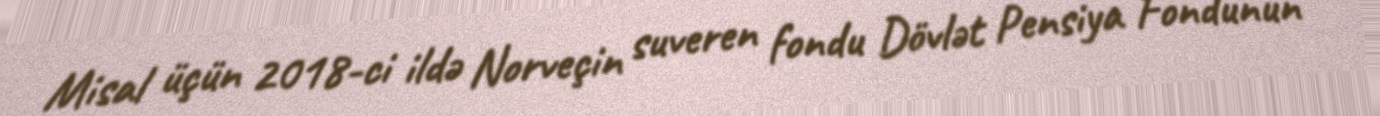
Misal üçün 2018-ci ildə Norveçin suveren fondu Dövlət Pensiya Fondunun